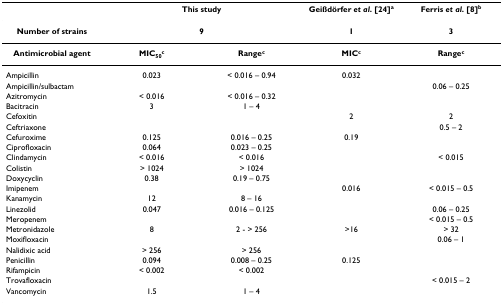
|  | <COLSPAN=2> This study | Geißdörfer et al. [24]a | Ferris et al. [8]b |
 | --- | --- | --- | --- | --- |
 | Number of strains | <COLSPAN=2> 9 | 1 | 3 |
 | Antimicrobial agent | MIC50c | Rangec | MICc | Rangec |
 | Ampicillin | 0.023 | < 0.016 – 0.94 | 0.032 |  |
 | Ampicillin/sulbactam |  |  |  | 0.06 – 0.25 |
 | Azitromycin | < 0.016 | < 0.016 – 0.32 |  |  |
 | Bacitracin | 3 | 1 – 4 |  |  |
 | Cefoxitin |  |  | 2 | 2 |
 | Ceftriaxone |  |  |  | 0.5 – 2 |
 | Cefuroxime | 0.125 | 0.016 – 0.25 | 0.19 |  |
 | Ciprofloxacin | 0.064 | 0.023 – 0.25 |  |  |
 | Clindamycin | < 0.016 | < 0.016 |  | < 0.015 |
 | Colistin | > 1024 | > 1024 |  |  |
 | Doxycyclin | 0.38 | 0.19 – 0.75 |  |  |
 | Imipenem |  |  | 0.016 | < 0.015 – 0.5 |
 | Kanamycin | 12 | 8 – 16 |  |  |
 | Linezolid | 0.047 | 0.016 – 0.125 |  | 0.06 – 0.25 |
 | Meropenem |  |  |  | < 0.015 – 0.5 |
 | Metronidazole | 8 | 2 - > 256 | >16 | > 32 |
 | Moxifloxacin |  |  |  | 0.06 – 1 |
 | Nalidixic acid | > 256 | > 256 |  |  |
 | Penicillin | 0.094 | 0.008 – 0.25 | 0.125 |  |
 | Rifampicin | < 0.002 | < 0.002 |  |  |
 | Trovafloxacin |  |  |  | < 0.015 – 2 |
 | Vancomycin | 1.5 | 1 – 4 |  |  |